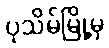
ပုသိမ်မြို့မှ